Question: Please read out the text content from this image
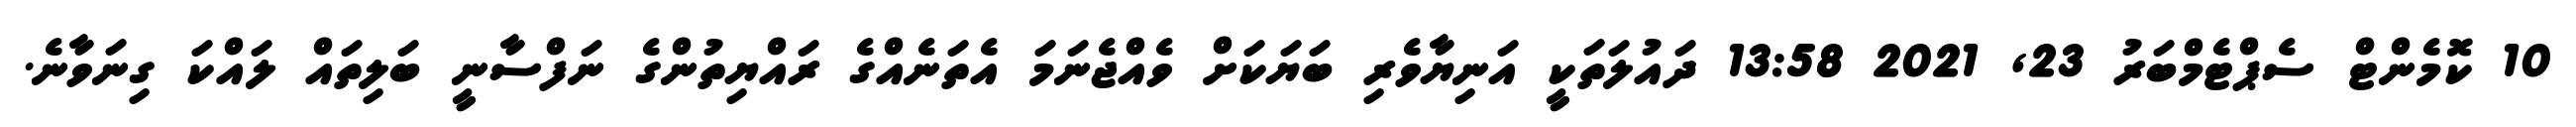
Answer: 10 ކޮމެންޓް ސެޕްޓެމްބަރު 23, 2021 13:58 ދައުލަތަކީ އަނިޔާވެރި ބަޔަކަށް ވެއްޖެނަމަ އެތަނެއްގެ ރައްޔިތުންގެ ނަފްސާނީ ބަލިތައް ލައްކަ ގިނަވާނެ.